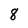
Character: 8